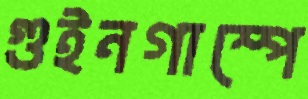
গুইনগাম্পে